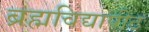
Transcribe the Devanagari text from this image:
ब्रह्मविद्यापीठ